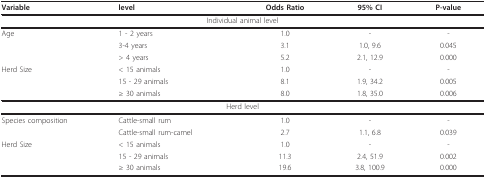
<table><thead><tr><td><b>Variable</b></td><td><b>level</b></td><td><b>Odds Ratio</b></td><td><b>95% CI</b></td><td><b>P-value</b></td></tr></thead><tbody><tr><td colspan="5">Individual animal level</td></tr><tr><td>Age</td><td>1 - 2 years</td><td>1.0</td><td>-</td><td>-</td></tr><tr><td></td><td>3-4 years</td><td>3.1</td><td>1.0, 9.6</td><td>0.045</td></tr><tr><td></td><td>&gt; 4 years</td><td>5.2</td><td>2.1, 12.9</td><td>0.000</td></tr><tr><td>Herd Size</td><td>&lt; 15 animals</td><td>1.0</td><td>-</td><td>-</td></tr><tr><td></td><td>15 - 29 animals</td><td>8.1</td><td>1.9, 34.2</td><td>0.005</td></tr><tr><td></td><td>≥ 30 animals</td><td>8.0</td><td>1.8, 35.0</td><td>0.006</td></tr><tr><td colspan="5">Herd level</td></tr><tr><td>Species composition</td><td>Cattle-small rum</td><td>1.0</td><td>-</td><td>-</td></tr><tr><td></td><td>Cattle-small rum-camel</td><td>2.7</td><td>1.1, 6.8</td><td>0.039</td></tr><tr><td>Herd Size</td><td>&lt; 15 animals</td><td>1.0</td><td>-</td><td>-</td></tr><tr><td></td><td>15 - 29 animals</td><td>11.3</td><td>2.4, 51.9</td><td>0.002</td></tr><tr><td></td><td>≥ 30 animals</td><td>19.6</td><td>3.8, 100.9</td><td>0.000</td></tr></tbody></table>